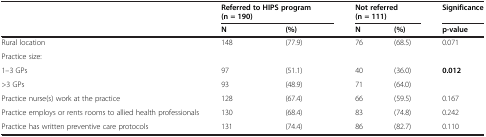
| <ROWSPAN=2>  | <COLSPAN=2> Referred to HIPS program (n = 190) | <COLSPAN=2> Not referred (n = 111) | Significance |
 | N | (%) | N | (%) | p-value |
 | --- | --- | --- | --- | --- | --- |
 | Rural location | 148 | (77.9) | 76 | (68.5) | 0.071 |
 | Practice size: |  |  |  |  |  |
 | 1–3 GPs | 97 | (51.1) | 40 | (36.0) | 0.012 |
 | >3 GPs | 93 | (48.9) | 71 | (64.0) |  |
 | Practice nurse(s) work at the practice | 128 | (67.4) | 66 | (59.5) | 0.167 |
 | Practice employs or rents rooms to allied health professionals | 130 | (68.4) | 83 | (74.8) | 0.242 |
 | Practice has written preventive care protocols | 131 | (74.4) | 86 | (82.7) | 0.110 |